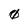
Character: 0